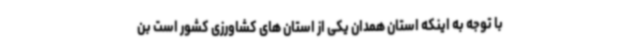
با توجه به اینکه استان همدان یکی از استان های کشاورزی کشور است بن